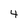
Character: 4